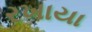
રખાયા